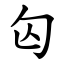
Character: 匃